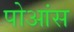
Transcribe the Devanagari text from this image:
पोआंस